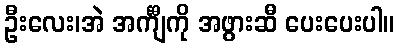
ဦးလေး၊အဲ အင်္ကျီကို အဖွားဆီ ပေးပေးပါ။